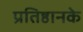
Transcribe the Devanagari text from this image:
प्रतिष्ठानके